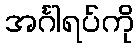
အင်္ဂါရပ်ကို